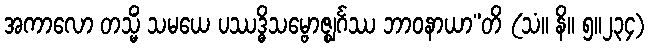
အကာလော တသ္မိံ သမယေ ပဿဒ္ဓိသမ္ဗောဇ္ဈင်္ဂဿ ဘာဝနာယာ”တိ (သံ။ နိ။ ၅။၂၃၄)